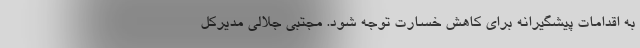
به اقدامات پیشگیرانه برای کاهش خسارت توجه شود. مجتبی جلالی مدیرکل